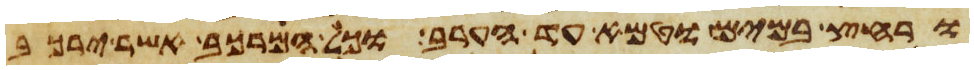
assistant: ורחץ במים וטמא עד הערב וכל המרכב אשר ירכב